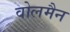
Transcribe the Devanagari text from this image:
वोलमैन